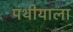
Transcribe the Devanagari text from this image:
पंथीयाला